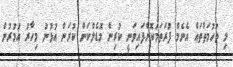
މި ތުހުމަތުތައް އެނެމް ފުރަތަމަކޮށްފައިވަނީ ކުރިން މޮޑެލްކަން ކުރަން އުޅުނު މިހާރު އުމުރުން